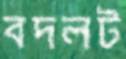
বদলট